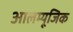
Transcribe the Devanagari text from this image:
आलम्यूजिक